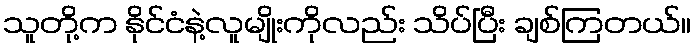
သူတို့က နိုင်ငံနဲ့လူမျိုးကိုလည်း သိပ်ပြီး ချစ်ကြတယ်။